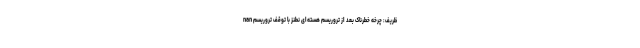
nan ظریف: چرخه خطرناک بعد از تروریسم هسته‌ای نطنز با توقف تروریسم